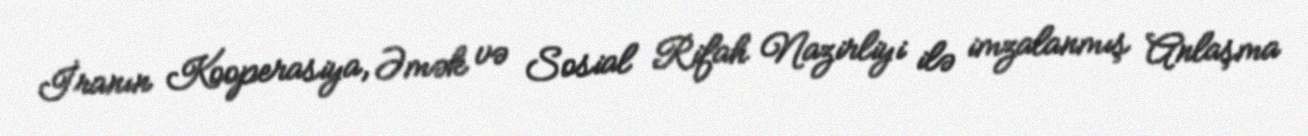
İranın Kooperasiya, Əmək və Sosial Rifah Nazirliyi ilə imzalanmış Anlaşma